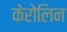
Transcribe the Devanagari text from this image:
केरोलिन